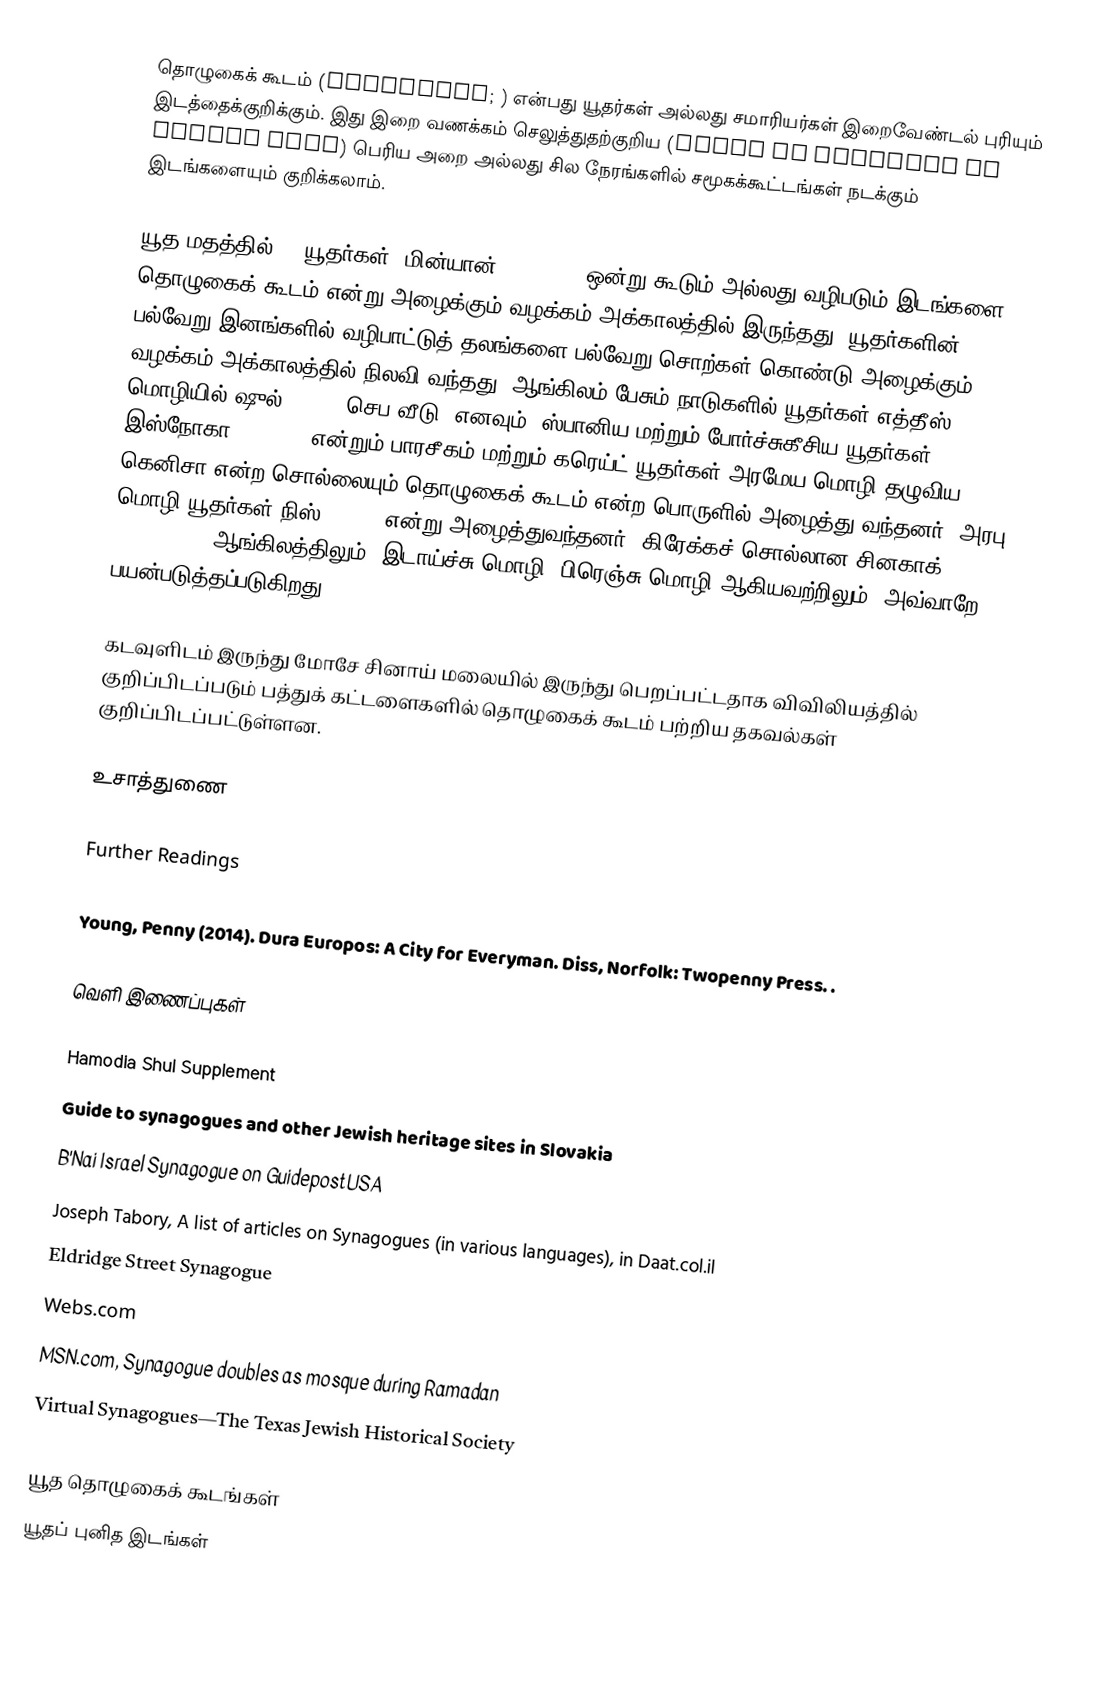
தொழுகைக் கூடம் (Synagogue; ) என்பது யூதர்கள் அல்லது சமாரியர்கள் இறைவேண்டல் புரியும் இடத்தைக்குறிக்கும். இது இறை வணக்கம் செலுத்துதற்குறிய (House of Assembly or Prayer Hall) பெரிய அறை அல்லது சில நேரங்களில் சமூகக்கூட்டங்கள் நடக்கும் இடங்களையும் குறிக்கலாம்.

யூத மதத்தில் 10 யூதர்கள் (மின்யான் [Minyan]) ஒன்று கூடும் அல்லது வழிபடும் இடங்களை தொழுகைக் கூடம் என்று அழைக்கும் வழக்கம் அக்காலத்தில் இருந்தது. யூதர்களின் பல்வேறு இனங்களில் வழிபாட்டுத் தலங்களை பல்வேறு சொற்கள் கொண்டு அழைக்கும் வழக்கம் அக்காலத்தில் நிலவி வந்தது. ஆங்கிலம் பேசும் நாடுகளில் யூதர்கள் எத்தீஸ் மொழியில் ஷுல் (shul, செப வீடு) எனவும், ஸ்பானிய மற்றும் போர்ச்சுகீசிய யூதர்கள் இஸ்நோகா (esnoga) என்றும் பாரசீகம் மற்றும் கரெய்ட் யூதர்கள் அரமேய மொழி தழுவிய கெனிசா என்ற சொல்லையும் தொழுகைக் கூடம் என்ற பொருளில் அழைத்து வந்தனர். அரபு மொழி யூதர்கள் நிஸ் (Knis) என்று அழைத்துவந்தனர். கிரேக்கச் சொல்லான சினகாக் (synagogue) ஆங்கிலத்திலும் (இடாய்ச்சு மொழி, பிரெஞ்சு மொழி ஆகியவற்றிலும்) அவ்வாறே பயன்படுத்தப்படுகிறது

கடவுளிடம் இருந்து மோசே சினாய் மலையில் இருந்து பெறப்பட்டதாக விவிலியத்தில் குறிப்பிடப்படும் பத்துக் கட்டளைகளில் தொழுகைக் கூடம் பற்றிய தகவல்கள் குறிப்பிடப்பட்டுள்ளன.

உசாத்துணை

Further Readings

 Young, Penny (2014). Dura Europos: A City for Everyman. Diss, Norfolk: Twopenny Press. .

வெளி இணைப்புகள்

 Hamodia Shul Supplement
 Guide to synagogues and other Jewish heritage sites in Slovakia
 B'Nai Israel Synagogue on GuidepostUSA
 Joseph Tabory, A list of articles on Synagogues (in various languages), in Daat.col.il
 Eldridge Street Synagogue
 Webs.com
 MSN.com, Synagogue doubles as mosque during Ramadan
 Virtual Synagogues—The Texas Jewish Historical Society

யூத தொழுகைக் கூடங்கள்
யூதப் புனித இடங்கள்